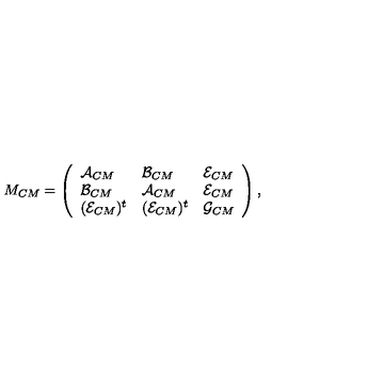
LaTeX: M _ { C M } = \left( \begin{array} { l l l } { \mathcal { A } _ { C M } } & { \mathcal { B } _ { C M } } & { \mathcal { E } _ { C M } } \\ { \mathcal { B } _ { C M } } & { \mathcal { A } _ { C M } } & { \mathcal { E } _ { C M } } \\ { ( \mathcal { E } _ { C M } ) ^ { t } } & { ( \mathcal { E } _ { C M } ) ^ { t } } & { \mathcal { G } _ { C M } } \\ \end{array} \right) ,